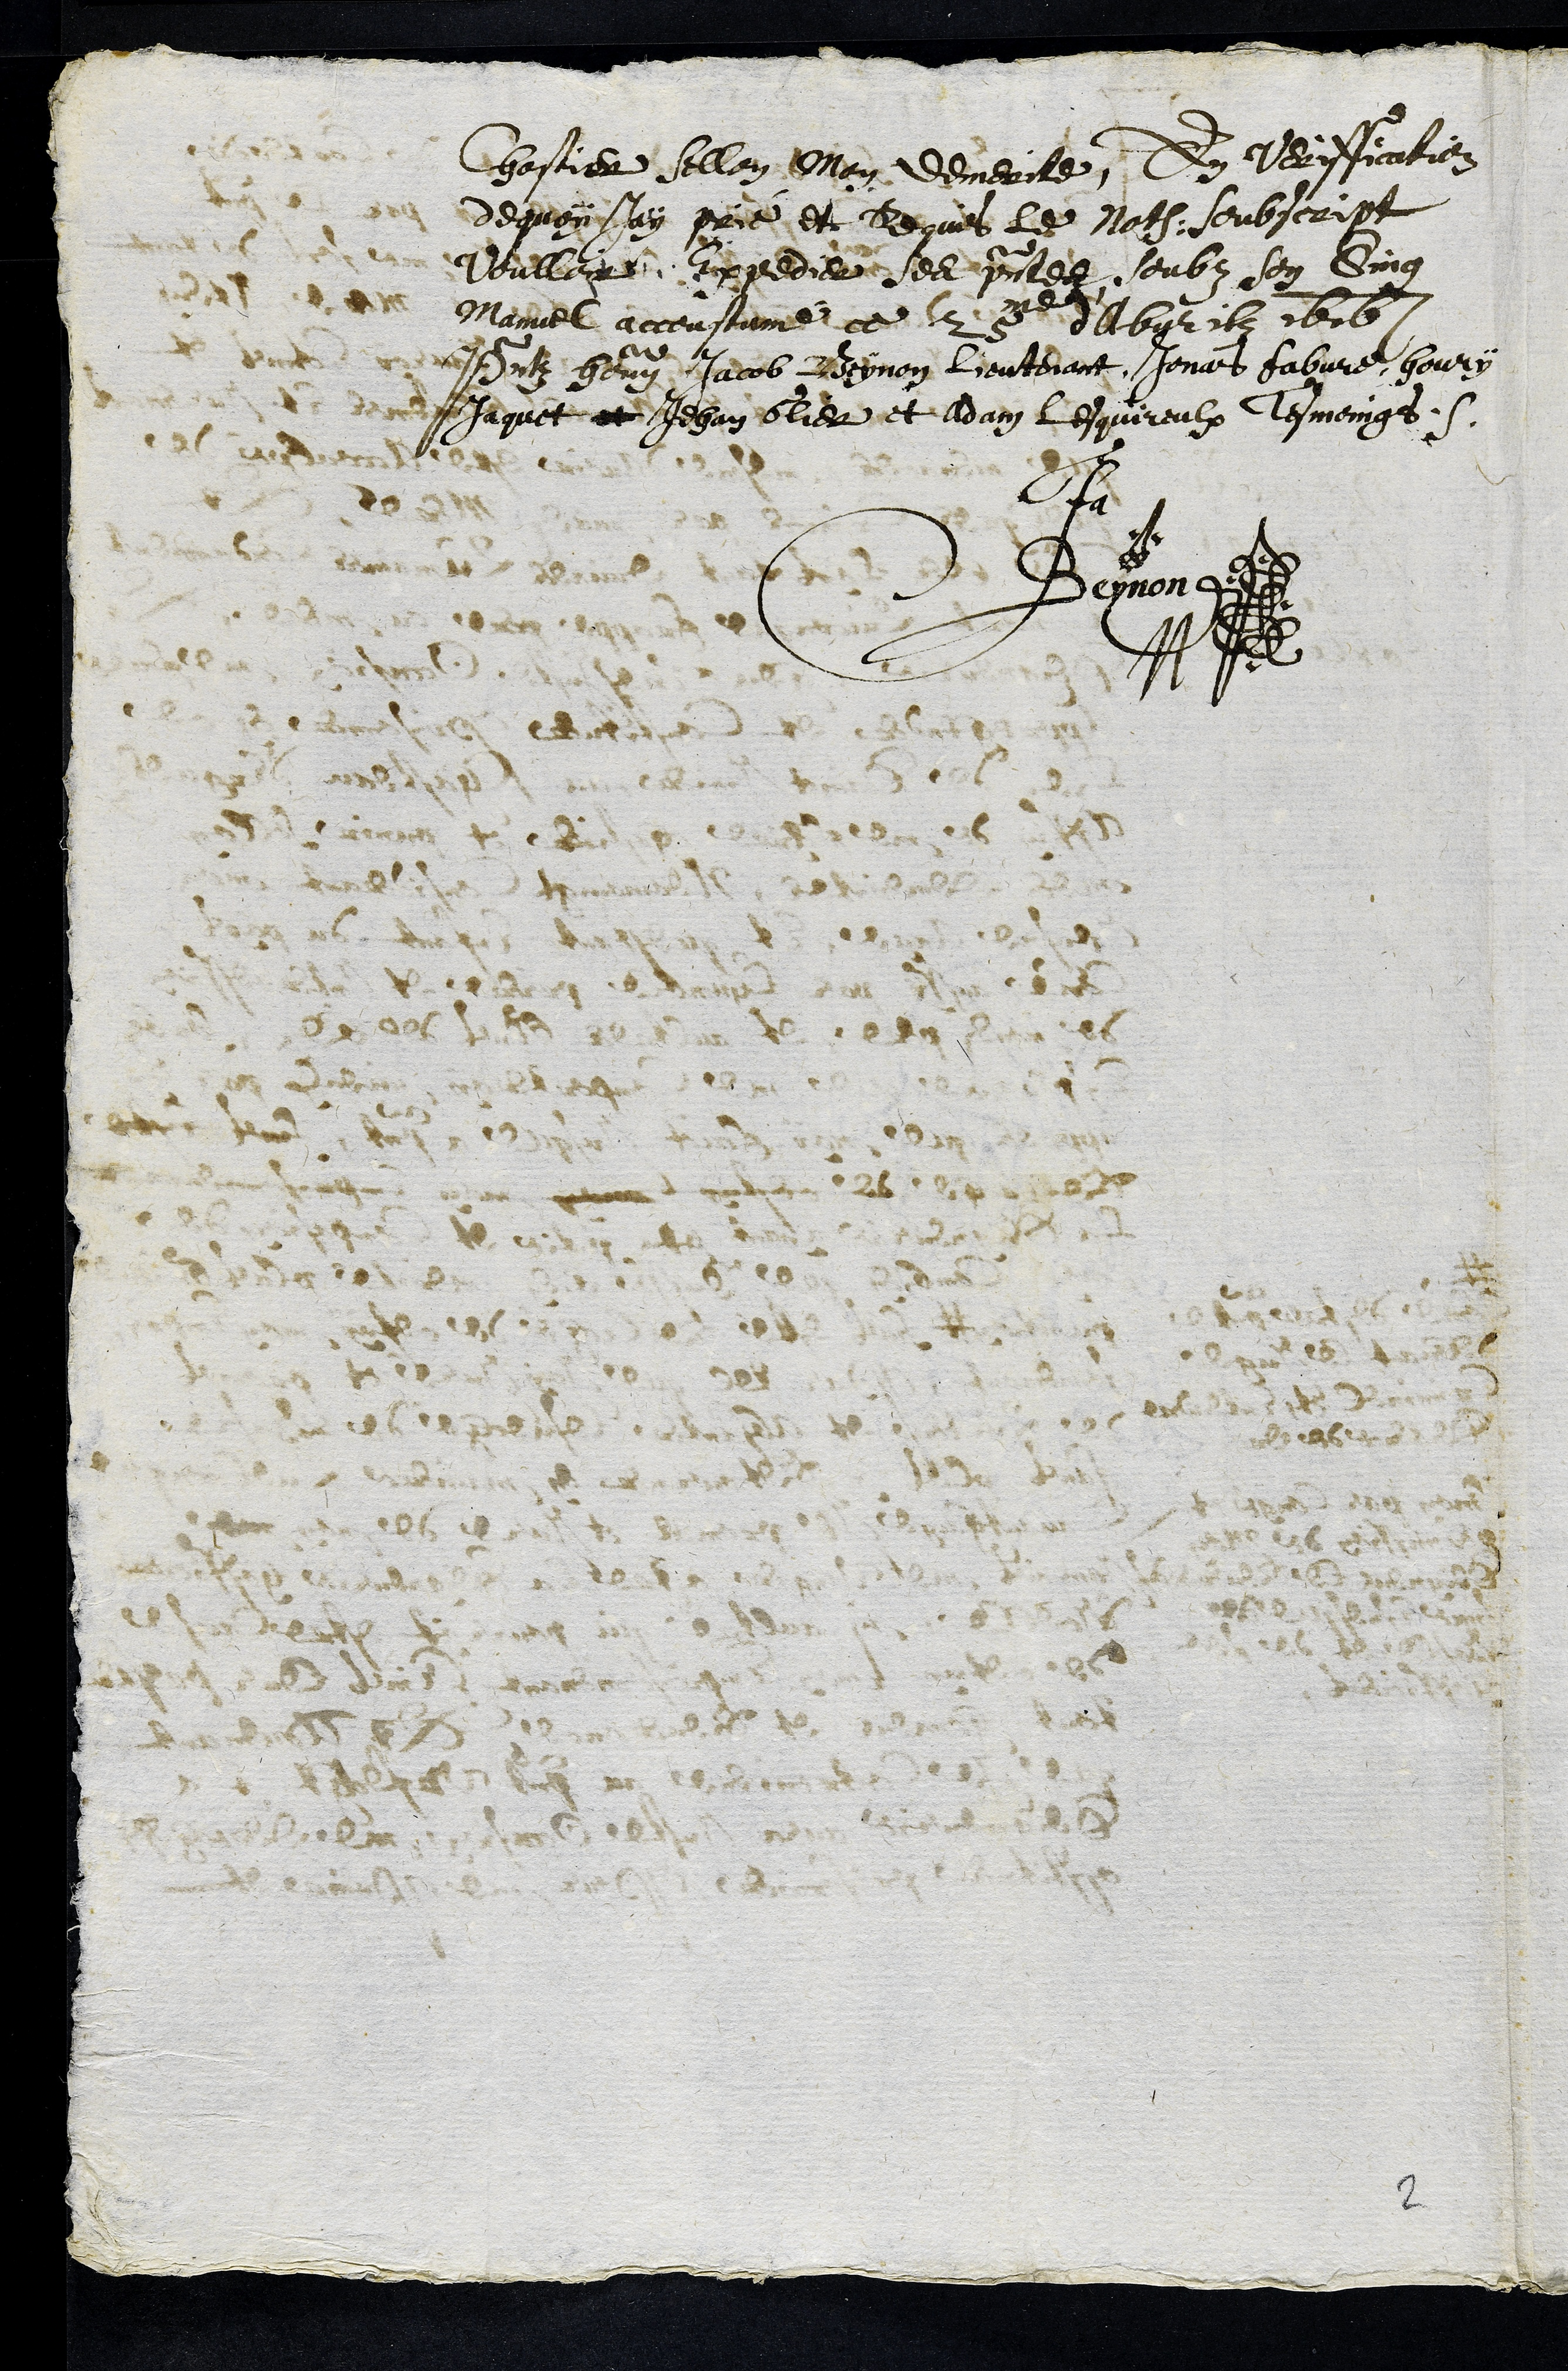
Chastier sellon Mon demerite, En Veriffication
dequoy Jay prié et Requis le Noth: soubscript
voulloir Expedier ses presentes soubz son Sing
Manuel accoustumé ce 25me d'abvrilz 1616
Presentz Henry Jacob Beynon Lieutenant, Jonas fabvre Henry
Jaquet et Jehan Glier et Adam lesquireulx Tesmoings.
Ja
Beynon
2